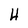
Character: H